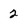
Character: 2